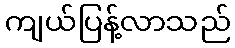
ကျယ်ပြန့်လာသည်